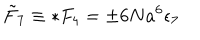
{ \tilde { F } } _ { 7 } \equiv * F _ { 4 } = \pm 6 N a ^ { 6 } \epsilon _ { 7 }